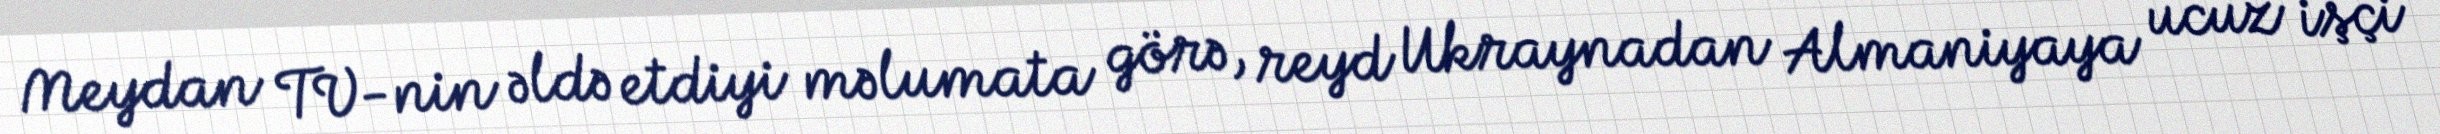
Meydan TV-nin əldə etdiyi məlumata görə, reyd Ukraynadan Almaniyaya ucuz işçi